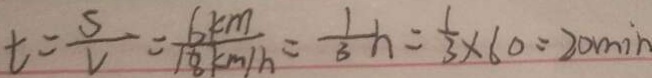
t = \frac { S } { V } = \frac { 6 k m } { 1 8 k m / h } = \frac { 1 } { 3 } h = \frac { 1 } { 3 } \times 6 0 = 2 0 \min